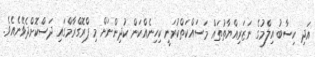
އަދި ހިސާބު އިލްމުގެ ނަޒަރިއްޔާތުތައް މަސައްކަތްކުރަނީ ކިހިނެއްކަން ކުދިންނަށް މި ޕްރޮގްރާމްގައި ދަސްކޮށްދެވޭނެއެވެ.